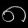
Digit: ၈